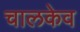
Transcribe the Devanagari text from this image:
चालकेव